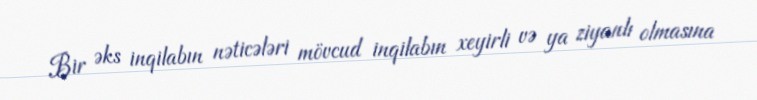
Bir əks inqilabın nəticələri mövcud inqilabın xeyirli və ya ziyanlı olmasına